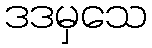
ဒဒမှသေ